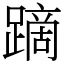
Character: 蹢